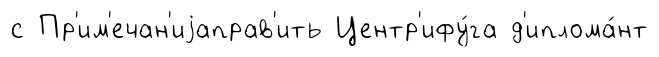
с Пр'им'ечан'иjаправ'ить Центр'ифу́га д'иплома́нт